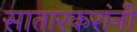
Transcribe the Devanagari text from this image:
सातारकरांनी